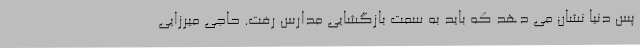
پس دنیا نشان می دهد که باید به سمت بازگشایی مدارس رفت. حاجی میرزایی